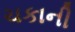
ચકાની